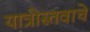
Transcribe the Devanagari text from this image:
यात्रोस्तवाचे